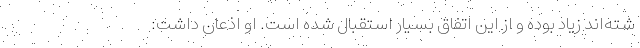
شته‌اند زیاد بوده و از این اتفاق بسیار استقبال شده است. او اذعان داشت: